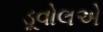
ડૂવોલએ